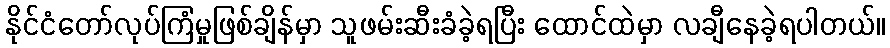
နိုင်ငံတော်လုပ်ကြံမှုဖြစ်ချိန်မှာ သူဖမ်းဆီးခံခဲ့ရပြီး ထောင်ထဲမှာ လချီနေခဲ့ရပါတယ်။